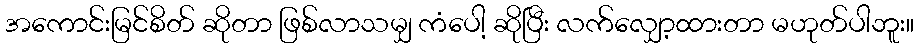
အကောင်းမြင်စိတ် ဆိုတာ ဖြစ်လာသမျှ ကံပေါ့ ဆိုပြီး လက်လျှော့ထားတာ မဟုတ်ပါဘူး။